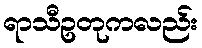
ရာသီဥတုကလည်း